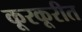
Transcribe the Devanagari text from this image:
कूरकूरीत